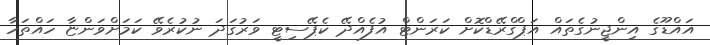
އައްޑޫގެ އިންޖީނުގެތައް އަޕްގްރޭޑްކޮށް ކަރަންޓް އުފެއްދޭ ކެޕޭސިޓީ ވަރުގަދަ ނުކުރެވޭ ކަމަށްވަންޏާ ހައްތަހާ